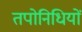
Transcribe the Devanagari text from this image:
तपोनिधियों